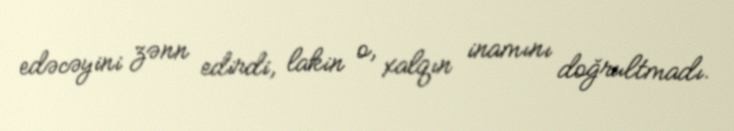
edəcəyini zənn edirdi, lakin o, xalqın inamını doğrultmadı.